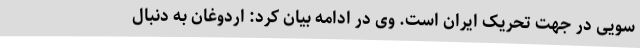
سویی در جهت تحریک ایران است. وی در ادامه بیان کرد: اردوغان به دنبال